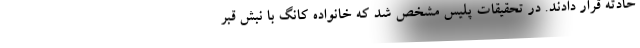
حادثه قرار دادند. در تحقیقات پلیس مشخص شد که خانواده کانگ با نبش قبر